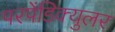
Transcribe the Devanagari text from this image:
परपेंडिक्युलर